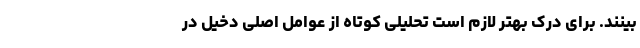
بینند. برای درک بهتر لازم است تحلیلی کوتاه از عوامل اصلی دخیل در